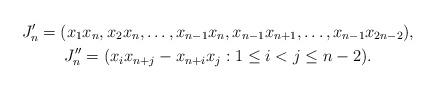
LaTeX: \begin{gather*}J'_n = (x_1x_n, x_2x_n, \dots, x_{n-1}x_n, x_{n-1}x_{n+1}, \dots, x_{n-1}x_{2n-2}),\\J''_n = (x_i x_{n+j} - x_{n+i}x_j : 1 \leq i<j \leq n-2).\end{gather*}